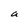
Character: a